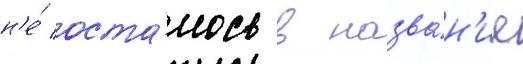
н'е́ оста́лось в назва́н'ие